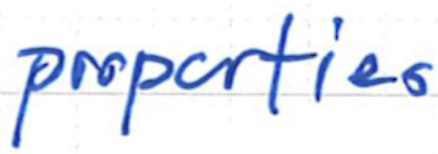
Text: properties
Cross-out: clean
Writing tool: ballpoint